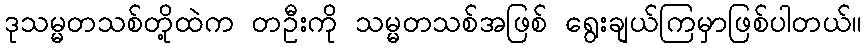
ဒုသမ္မတသစ်တို့ထဲက တဦးကို သမ္မတသစ်အဖြစ် ရွေးချယ်ကြမှာဖြစ်ပါတယ်။